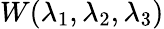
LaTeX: W(\lambda_{1},\lambda_{2},\lambda_{3})